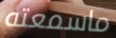
ماسمعته